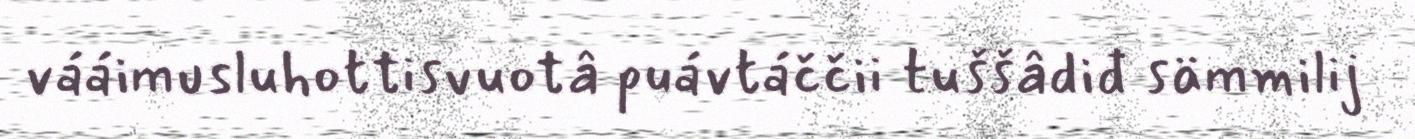
vááimusluhottisvuotâ puávtáččii tuššâdiđ sämmilij